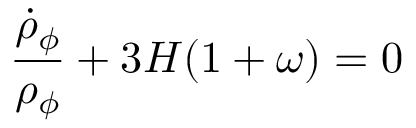
{ \frac { \dot { \rho } _ { \phi } } { \rho _ { \phi } } } + 3 H ( 1 + \omega ) = 0